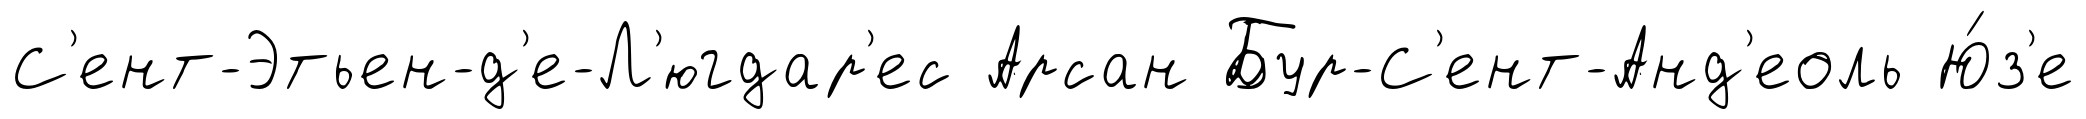
С'ент-Этьен-д'е-Л'югдар'ес Арсан Бур-С'ент-Анд'еоль Ю́з'е